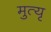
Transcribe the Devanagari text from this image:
मुत्यृ